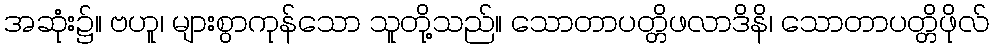
အဆုံး၌။ ဗဟူ၊ များစွာကုန်သော သူတို့သည်။ သောတာပတ္တိဖလာဒိနိ၊ သောတာပတ္တိဖိုလ်